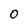
Character: 0